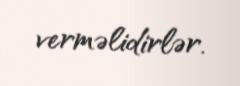
verməlidirlər.